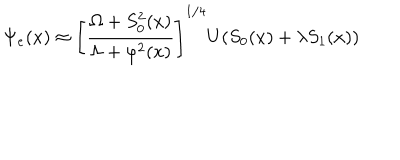
\Psi _ { e } ( x ) \approx \left[ \frac { \Omega + S _ { 0 } ^ { 2 } ( x ) } { \Lambda + \varphi ^ { 2 } ( x ) } \right] ^ { 1 / 4 } U ( S _ { 0 } ( x ) + \lambda S _ { 1 } ( x ) )